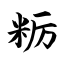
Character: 粝